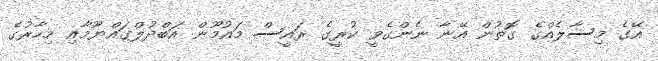
އޭގެ މިސާލެއްގެ ގޮތުން އޭނާ ނެންގެވީ ކުރީގެ ރައީސް މައުމޫން އަބްދުލްގައްޔޫމާއި މިހާރުގެ